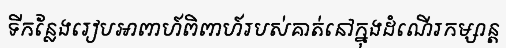
ទីកន្លែងរៀបអាពាហ៍ពិពាហ៍របស់គាត់នៅក្នុងដំណើរកម្សាន្ត